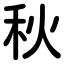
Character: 秋